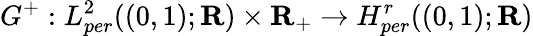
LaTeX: G^{+}:L_{per}^{2}((0,1);\mathbf{R})\times\mathbf{R}_{+}\rightarrow H_{per}^{r}((0,1);\mathbf{R})